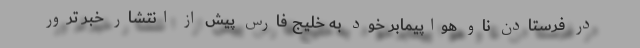
در فرستادن ناو هواپیمابر خود به خلیج فارس پیش از انتشار خبر ترور